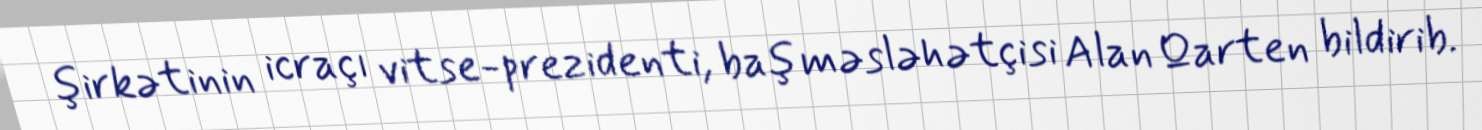
şirkətinin icraçı vitse-prezidenti, baş məsləhətçisi Alan Qarten bildirib.